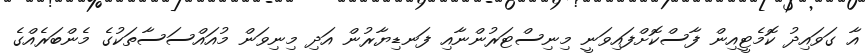
އާ ގަވައިދު ކޮމެޓީއިން ފާސްކޮށްފައިވަނީ މިނިސްޓަރުންނާއި ފަނޑިޔާރުން އަދި މިނިވަން މުއައްސަސާތަކުގެ މެންބަރެއްގެ